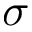
\sigma